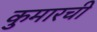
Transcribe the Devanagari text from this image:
कुमारची